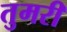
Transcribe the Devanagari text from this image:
तुमरी